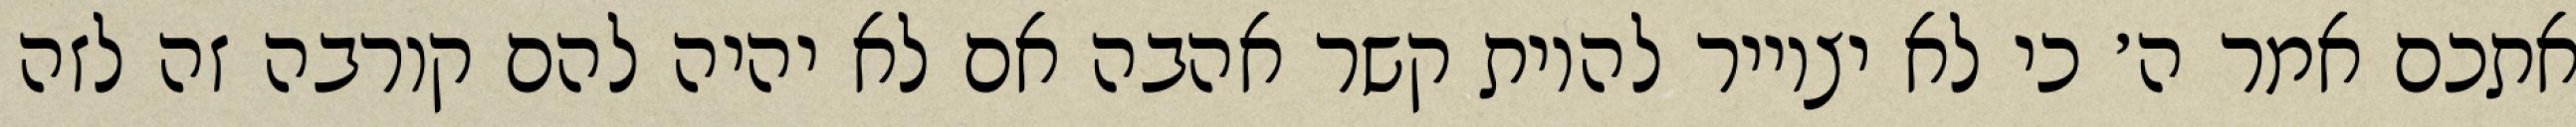
אתכם אמר ה׳ כי לא יצוייר להיות קשר אהבה אם לא יהיה להם קורבה זה לזה